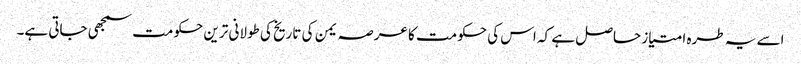
اسے یہ طرہ امتیاز حاصل ہے کہ اس کی حکومت کا عرصہ یمن کی تاریخ کی طولانی ترین حکومت سمجھی جاتی ہے۔